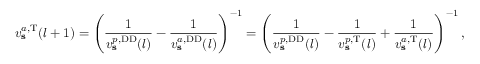
v _ { \mathbf { s } } ^ { a , \mathrm { T } } ( l + 1 ) = \left( \frac { 1 } { v _ { \mathbf { s } } ^ { p , \mathrm { D D } } ( l ) } - \frac { 1 } { v _ { \mathbf { s } } ^ { a , \mathrm { D D } } ( l ) } \right) ^ { - 1 } = \left( \frac { 1 } { v _ { \mathbf { s } } ^ { p , \mathrm { D D } } ( l ) } - \frac { 1 } { v _ { \mathbf { s } } ^ { p , \mathrm { T } } ( l ) } + \frac { 1 } { v _ { \mathbf { s } } ^ { a , \mathrm { T } } ( l ) } \right) ^ { - 1 } ,